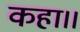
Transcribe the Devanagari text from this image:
कहा।।